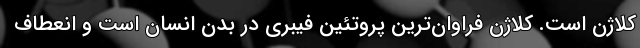
کلاژن است. کلاژن فراوان‌ترین پروتئین فیبری در بدن انسان است و انعطاف